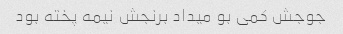
جوجش کمی بو میداد برنجش نیمه پخته بود